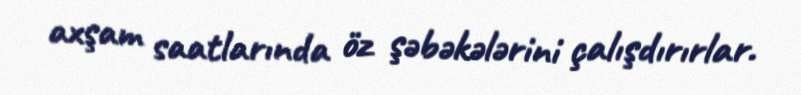
axşam saatlarında öz şəbəkələrini çalışdırırlar.